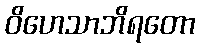
ဝိဟေသာဘိရတော